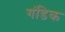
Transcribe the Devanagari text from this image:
गंडिक